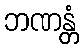
ဘဏန္တံ